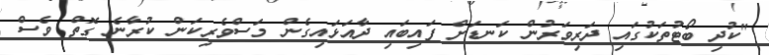
"ކުދި ބޯޓުތަކުގައި ދަރިވަރުން ކަނޑަށް ފައިބައި ދާއަޅައިގެން މަސްވެރިކަން ކުރާނެ ގޮތް ވެސް